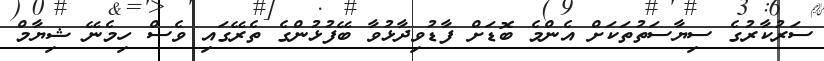
ސަރުކާރުގެ ސިޔާސަތުތަކަށް އެންމެ ބޮޑަށް ފާޑުވިދާޅުވާ ބޭފުޅުންގެ ތެރޭގައި ވެސް ހިމެނޭ ޝިޔާމް